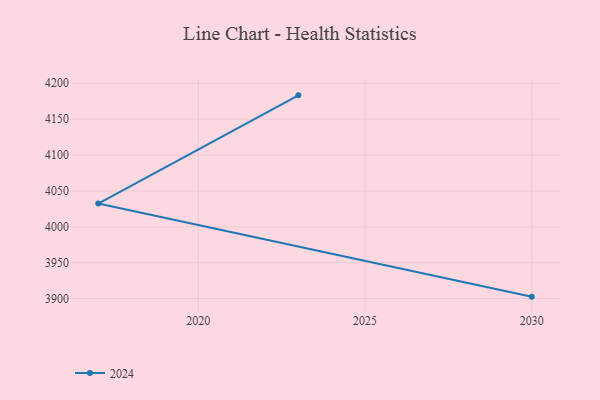
{"axis": {"x": "Year", "y": "Headcount"}, "legend": ["2024"], "data": [{"x": "2030", "y": 3902.7, "type": "2024"}, {"x": "2017", "y": 4032.4, "type": "2024"}, {"x": "2023", "y": 4183.2, "type": "2024"}]}